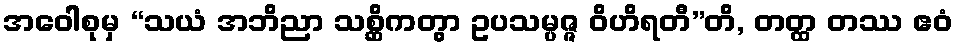
အဝေါစုမှ “သယံ အဘိညာ သစ္ဆိကတွာ ဥပသမ္ပဇ္ဇ ဝိဟိရတီ”တိ, တတ္ထ တဿ ဧဝံ